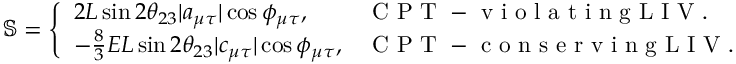
\begin{array} { r } { \mathbb { S } = \left\{ \begin{array} { l l } { 2 L \sin 2 \ensuremath { \theta _ { 2 3 } } | a _ { \mu \tau } | \cos \phi _ { \mu \tau } , } & { \mathrm { ~ C ~ P ~ T ~ - ~ v ~ i ~ o ~ l ~ a ~ t ~ i ~ n ~ g ~ L ~ I ~ V ~ } . } \\ { - \frac { 8 } { 3 } E L \sin 2 \ensuremath { \theta _ { 2 3 } } | c _ { \mu \tau } | \cos \phi _ { \mu \tau } , } & { \mathrm { ~ C ~ P ~ T ~ - ~ c ~ o ~ n ~ s ~ e ~ r ~ v ~ i ~ n ~ g ~ L ~ I ~ V ~ } . } \end{array} \right. } \end{array}